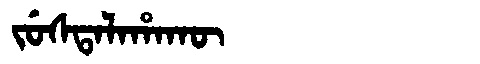
Manchu: ᠵᡠᠰᡨᠠᠯᠠᡥᠠᡴᡡ
Romanization: JUSTALAHAKŪ